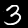
Label: 3